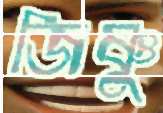
জিষ্ণু